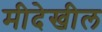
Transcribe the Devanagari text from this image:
मीदेखील